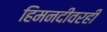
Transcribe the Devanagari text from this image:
हिमनदीवरही